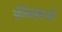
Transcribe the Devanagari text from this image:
फ्रीजमध्ये